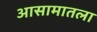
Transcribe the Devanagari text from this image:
आसामातला